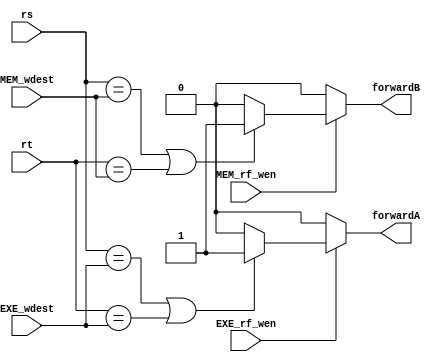
`timescale 1ns / 1ps
//*************************************************************************
//   >   : bypass_control.v
//   >   : CPU
//   >   : 2019-04-08
//*************************************************************************
module bypass_control(
    input   [4:0] rs,          
    input   [4:0] rt,                  
    input   [4:0] EXE_wdest,
    input   [4:0] MEM_wdest,
    input         EXE_rf_wen,
    input         MEM_rf_wen,

    //
    output  forwardA,
    output  forwardB
);   
    //!
    //EXEMEMrf_wen
    wire EXE_hazard;
    wire MEM_hazard;
    assign EXE_hazard = (rs==EXE_wdest) | (rt==EXE_wdest);
    assign MEM_hazard = (rs==MEM_wdest) | (rt==MEM_wdest);
    //
    assign forwardA   = !EXE_rf_wen ? 0 : 
                        EXE_hazard ? 1 : 0;
    assign forwardB   = !MEM_rf_wen ? 0 : 
                        MEM_hazard ? 1 : 0;
endmodule